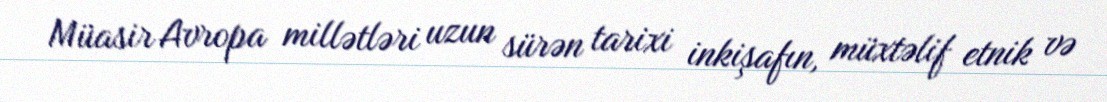
Müasir Avropa millətləri uzun sürən tarixi inkişafın, müxtəlif etnik və